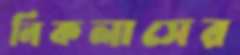
নিকলাসের